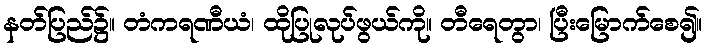
နတ်ပြည်၌။ တံကရဏီယံ၊ ထိုပြုလုပ်ဖွယ်ကို။ တီရေတွာ၊ ပြီးမြောက်စေ၍။